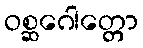
ဝစ္ဆဂေါတ္တော